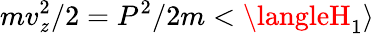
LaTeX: mv_{\mathit{z}}^{2}/2=P^{2}/2m<\langleH_{1}\rangle